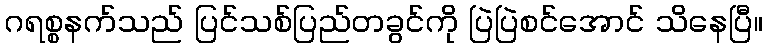
ဂရစ္စနက်သည် ပြင်သစ်ပြည်တခွင်ကို ပြဲပြဲစင်အောင် သိနေပြီ။